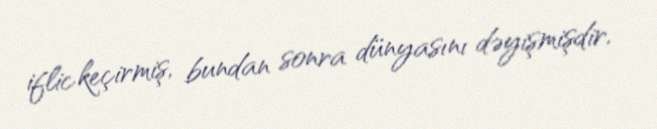
iflic keçirmiş, bundan sonra dünyasını dəyişmişdir.